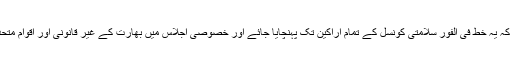
وزیر خارجہ نے بتایا کہ ہم نے خط میں درخواست کی ہے کہ یہ خط فی الفور سلامتی کونسل کے تمام اراکین تک پہنچایا جائے اور خصوصی اجلاس میں بھارت کے غیر قانونی اور اقوام متحدہ کی قراردادوں کے منافی اقدامات کو زیر بحث لایا جائے۔